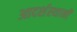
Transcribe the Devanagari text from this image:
आदर्शस्थानी